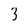
Character: 3